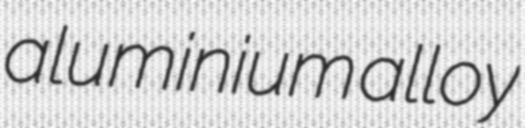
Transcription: aluminium alloy